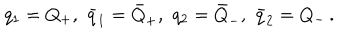
LaTeX: q _ { 1 } = Q _ { + } , \, \, \bar { q } _ { 1 } = \bar { Q } _ { + } , \, \, q _ { 2 } = \bar { Q } _ { - } , \, \, \bar { q } _ { 2 } = Q _ { - } \, .